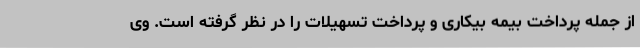
از جمله پرداخت بیمه بیکاری و پرداخت تسهیلات را در نظر گرفته است. وی